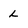
Character: L